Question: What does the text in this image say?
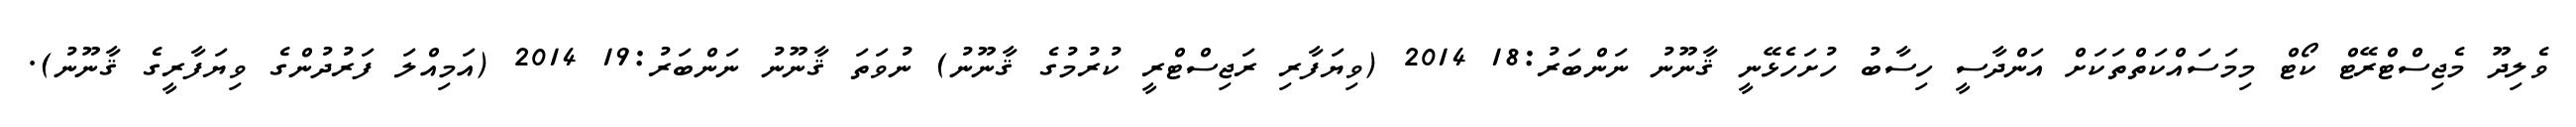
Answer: ވެލިދޫ މެޖިސްޓްރޭޓް ކޯޓް މިމަސައްކަތްތަކަށް އަންދާސީ ހިސާބު ހުށަހެޅޭނީ ޤާނޫނު ނަންބަރު:18 2014 (ވިޔަފާރި ރަޖިސްޓްރީ ކުރުމުގެ ޤާނޫނު) ނުވަތަ ޤާނޫނު ނަންބަރު:19 2014 (އަމިއްލަ ފަރުދުންގެ ވިޔަފާރީގެ ޤާނޫނު).